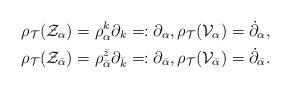
LaTeX: \begin{align*}&\rho_{\mathcal{T}}(\mathcal{Z}_\alpha) = \rho^k_\alpha\partial_k =: \partial_\alpha,\rho_{\mathcal{T}}(\mathcal{V}_\alpha) = \dot{\partial}_\alpha, \\&\rho_{\mathcal{T}}(\mathcal{Z}_{\bar{\alpha}}) = \rho^{\bar{z}}_{\bar{\alpha}}\partial_{\bar{k}}=:\partial_{\bar{\alpha}},\rho_{\mathcal{T}}(\mathcal{V}_{\bar{\alpha}}) = \dot{\partial}_{\bar{\alpha}}.\end{align*}